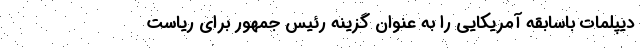
دیپلمات باسابقه آمریکایی را به عنوان گزینه رئیس جمهور برای ریاست